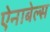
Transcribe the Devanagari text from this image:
ऐनाबेल्स